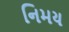
નિમય